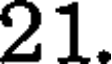
21.